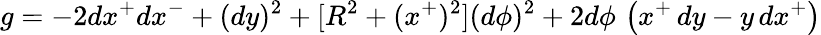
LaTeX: g=-2dx^{+}dx^{-}+(dy)^{2}+[R^{2}+(x^{+})^{2}](d\phi)^{2}+2d\phi\, \left(x^{+}\, dy-y\, dx^{+}\right)